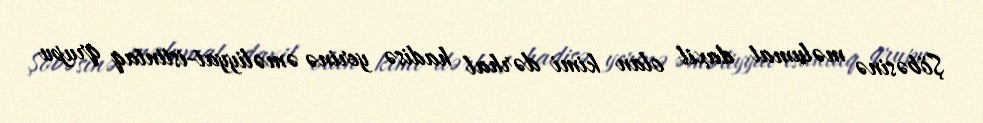
Şöbəsinə məlumat daxil olan kimi dərhal hadisə yerinə əməliyyat-istintaq qrupu